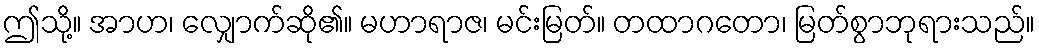
ဤသို့။ အာဟ၊ လျှောက်ဆို၏။ မဟာရာဇ၊ မင်းမြတ်။ တထာဂတော၊ မြတ်စွာဘုရားသည်။